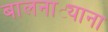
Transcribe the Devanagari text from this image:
बालनाट्याना